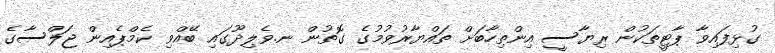
ގުޅިފައިވާ ޕާޓީތަކުން ރިޔާސީ އިންތިހާބަށް ތައްޔާރުވުމުގެ ގޮތުން ނ.ވެލިދޫގައި ބޭއްވި ކެމްޕެއިން ޖަލްސާގެ